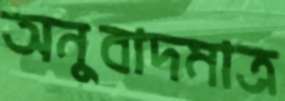
অনুবাদমাত্র